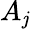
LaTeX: A_{\mathit{j}}